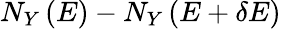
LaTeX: N_{Y}\left(E\right)-N_{Y}\left(E+\delta E\right)